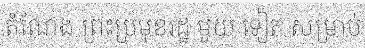
តំណែង ព្រះប្រមុខរដ្ឋ មួយ ទៀត សម្រាប់